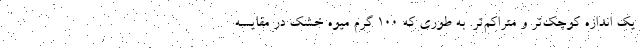
یک اندازه کوچک‌تر و متراکم‌تر. به طوری که ۱۰۰ گرم میوه خشک در مقایسه